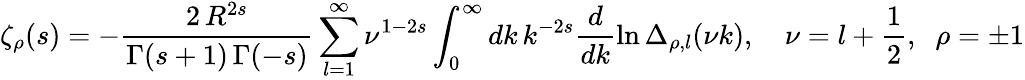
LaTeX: \zeta_{\rho}(s)=-\frac{2\, R^{2s}}{\Gamma(s+1)\, \Gamma(-s)}\sum_{l=1}^{\infty}\nu^{1-2s}\int_{0}^{\infty}dk\, k^{-2s}\frac{d}{dk}\ln\Delta_{\rho,l}(\nu k),\quad\nu=l+\frac{1}{2},\; \; \rho=\pm 1